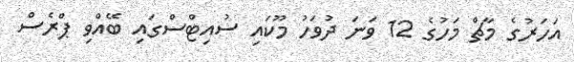
އަހަރުގެ މާޗް މަހުގެ 12 ވަނަ ދުވަހު މޫކައި ސުއިޓްސްގައި ބޭއްވި ޕްރެސް